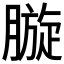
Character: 𣎓